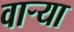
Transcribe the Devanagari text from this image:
वार्‍या